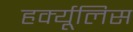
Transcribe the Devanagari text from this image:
हर्क्यूलिस